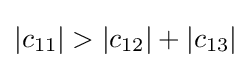
|c_{11}|>|c_{12}|+|c_{13}|